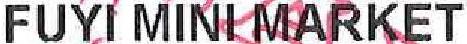
FUYI MINI MARKET